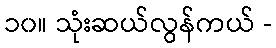
၁၀။ သုံးဆယ်လွန်ကယ် -